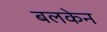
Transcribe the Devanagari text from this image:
बलकेन